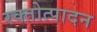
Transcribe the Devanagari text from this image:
रक्तोत्पादन